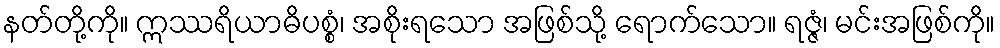
နတ်တို့ကို။ ဣဿရိယာဓိပစ္စံ၊ အစိုးရသော အဖြစ်သို့ ရောက်သော။ ရဇ္ဇံ၊ မင်းအဖြစ်ကို။